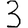
Digit: 3